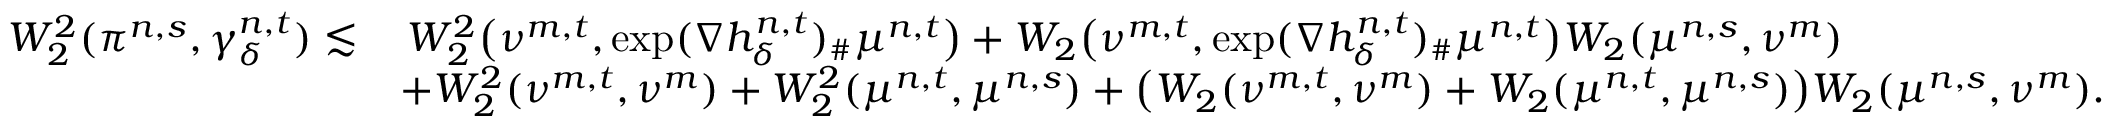
\begin{array} { r l } { W _ { 2 } ^ { 2 } ( \pi ^ { n , s } , \gamma _ { \delta } ^ { n , t } ) \lesssim } & { \, W _ { 2 } ^ { 2 } \big ( \nu ^ { m , t } , \exp ( \nabla h _ { \delta } ^ { n , t } ) _ { \# } \mu ^ { n , t } \big ) + W _ { 2 } \big ( \nu ^ { m , t } , \exp ( \nabla h _ { \delta } ^ { n , t } ) _ { \# } \mu ^ { n , t } \big ) W _ { 2 } ( \mu ^ { n , s } , \nu ^ { m } ) } \\ & { + W _ { 2 } ^ { 2 } ( \nu ^ { m , t } , \nu ^ { m } ) + W _ { 2 } ^ { 2 } ( \mu ^ { n , t } , \mu ^ { n , s } ) + \big ( W _ { 2 } ( \nu ^ { m , t } , \nu ^ { m } ) + W _ { 2 } ( \mu ^ { n , t } , \mu ^ { n , s } ) \big ) W _ { 2 } ( \mu ^ { n , s } , \nu ^ { m } ) . } \end{array}